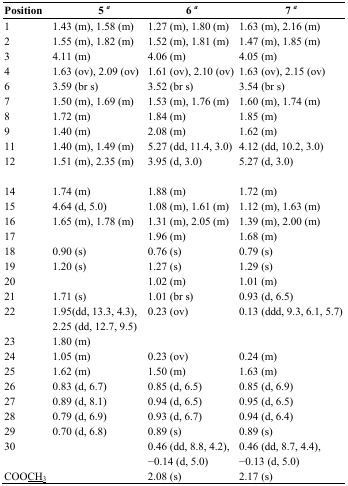
<table><thead><tr><td><b>Position</b></td><td><b>5<i><sup>a</sup></i></b></td><td><b>6<i><sup>a</sup></i></b></td><td><b>7<i><sup>a</sup></i></b></td></tr></thead><tbody><tr><td>1</td><td>1.43 (m), 1.58 (m)</td><td>1.27 (m), 1.80 (m)</td><td>1.63 (m), 2.16 (m)</td></tr><tr><td>2</td><td>1.55 (m), 1.82 (m)</td><td>1.52 (m), 1.81 (m)</td><td>1.47 (m), 1.85 (m)</td></tr><tr><td>3</td><td>4.11 (m)</td><td>4.06 (m)</td><td>4.05 (m)</td></tr><tr><td>4</td><td>1.63 (ov), 2.09 (ov)</td><td>1.61 (ov), 2.10 (ov)</td><td>1.63 (ov), 2.15 (ov)</td></tr><tr><td>6</td><td>3.59 (br s)</td><td>3.52 (br s)</td><td>3.54 (br s)</td></tr><tr><td>7</td><td>1.50 (m), 1.69 (m)</td><td>1.53 (m), 1.76 (m)</td><td>1.60 (m), 1.74 (m)</td></tr><tr><td>8</td><td>1.72 (m)</td><td>1.84 (m)</td><td>1.85 (m)</td></tr><tr><td>9</td><td>1.40 (m)</td><td>2.08 (m)</td><td>1.62 (m)</td></tr><tr><td>11</td><td>1.40 (m), 1.49 (m)</td><td>5.27 (dd, 11.4, 3.0)</td><td>4.12 (dd, 10.2, 3.0)</td></tr><tr><td>12</td><td>1.51 (m), 2.35 (m)</td><td>3.95 (d, 3.0) </td><td>5.27 (d, 3.0)</td></tr><tr><td>14</td><td>1.74 (m)</td><td>1.88 (m)</td><td>1.72 (m)</td></tr><tr><td>15</td><td>4.64 (d, 5.0)</td><td>1.08 (m), 1.61 (m)</td><td>1.12 (m), 1.63 (m)</td></tr><tr><td>16</td><td>1.65 (m), 1.78 (m)</td><td>1.31 (m), 2.05 (m)</td><td>1.39 (m), 2.00 (m)</td></tr><tr><td>17</td><td></td><td>1.96 (m)</td><td>1.68 (m)</td></tr><tr><td>18</td><td>0.90 (s)</td><td>0.76 (s)</td><td>0.79 (s)</td></tr><tr><td>19</td><td>1.20 (s)</td><td>1.27 (s)</td><td>1.29 (s)</td></tr><tr><td>20</td><td></td><td>1.02 (m)</td><td>1.01 (m)</td></tr><tr><td>21</td><td>1.71 (s)</td><td>1.01 (br s)</td><td>0.93 (d, 6.5)</td></tr><tr><td>22</td><td>1.95(dd, 13.3, 4.3), </td><td>0.23 (ov)</td><td>0.13 (ddd, 9.3, 6.1, 5.7)</td></tr><tr><td></td><td>2.25 (dd, 12.7, 9.5)</td><td></td><td></td></tr><tr><td>23</td><td>1.80 (m)</td><td></td><td></td></tr><tr><td>24</td><td>1.05 (m)</td><td>0.23 (ov)</td><td>0.24 (m)</td></tr><tr><td>25</td><td>1.62 (m)</td><td>1.50 (m)</td><td>1.63 (m)</td></tr><tr><td>26</td><td>0.83 (d, 6.7)</td><td>0.85 (d, 6.5)</td><td>0.85 (d, 6.9)</td></tr><tr><td>27</td><td>0.89 (d, 8.1)</td><td>0.94 (d, 6.5)</td><td>0.95 (d, 6.5)</td></tr><tr><td>28</td><td>0.79 (d, 6.9)</td><td>0.93 (d, 6.7)</td><td>0.94 (d, 6.4)</td></tr><tr><td>29</td><td>0.70 (d, 6.8)</td><td>0.89 (s)</td><td>0.89 (s)</td></tr><tr><td>30</td><td></td><td>0.46 (dd, 8.8, 4.2), </td><td>0.46 (dd, 8.7, 4.4), </td></tr><tr><td></td><td></td><td>−0.14 (d, 5.0)</td><td>−0.13 (d, 5.0)</td></tr><tr><td>COO<underline>CH<sub>3</sub></underline></td><td></td><td>2.08 (s)</td><td>2.17 (s)</td></tr></tbody></table>